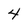
Character: 4